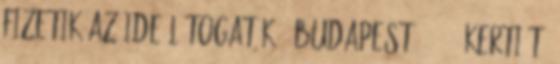
fizetik az ide látogatók - Budapest, 2018. KERTI TÓ